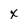
Character: x